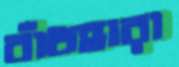
বাঁধহারা